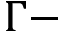
\Gamma -